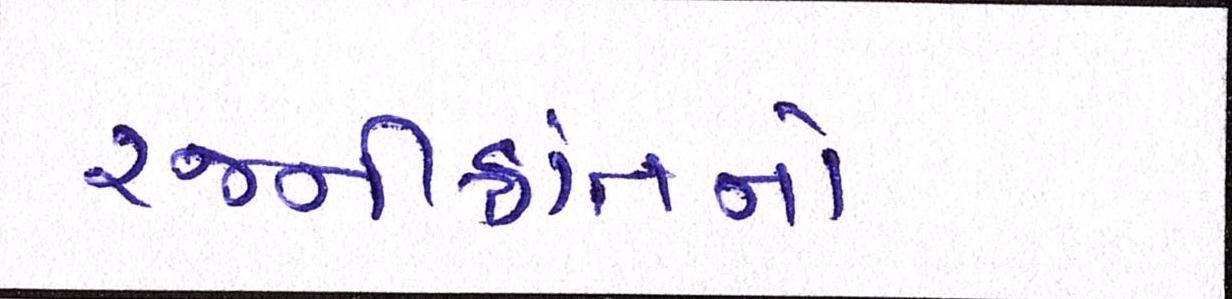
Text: રજનીકાંતનો